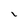
Character: i